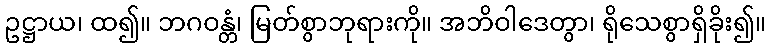
ဥဋ္ဌာယ၊ ထ၍။ ဘဂဝန္တံ၊ မြတ်စွာဘုရားကို။ အဘိဝါဒေတွာ၊ ရိုသေစွာရှိခိုး၍။